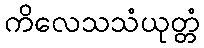
ကိလေသသံယုတ္တံ